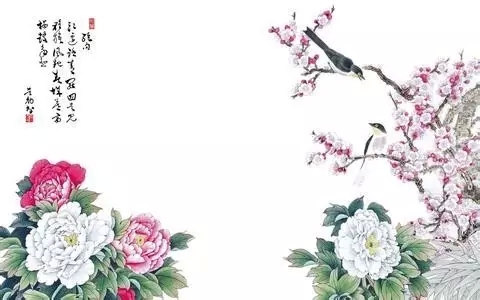
夜来风雨声，花落知多少。